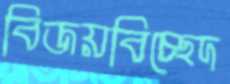
বিজয়বিচ্ছেদ